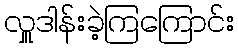
လှူဒါန်းခဲ့ကြကြောင်း